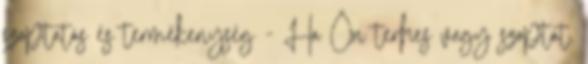
szoptatás és termékenység - Ha Ön terhes vagy szoptat,